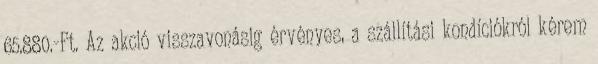
65.880.-Ft. Az akció visszavonásig érvényes, a szállítási kondíciókról kérem